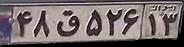
۴۸ق۵۲۶۱۳